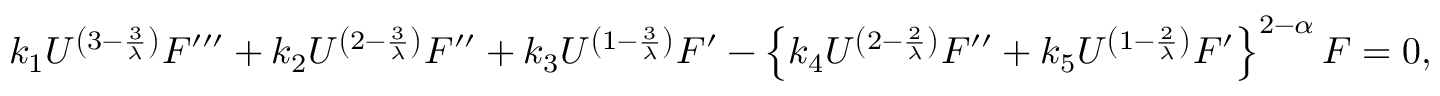
k _ { 1 } U ^ { \left( 3 - \frac { 3 } { \lambda } \right) } F ^ { \prime \prime \prime } + k _ { 2 } U ^ { \left( 2 - \frac { 3 } { \lambda } \right) } F ^ { \prime \prime } + k _ { 3 } U ^ { \left( 1 - \frac { 3 } { \lambda } \right) } F ^ { \prime } - \left\{ k _ { 4 } U ^ { \left( 2 - \frac { 2 } { \lambda } \right) } F ^ { \prime \prime } + k _ { 5 } U ^ { \left( 1 - \frac { 2 } { \lambda } \right) } F ^ { \prime } \right\} ^ { 2 - \alpha } F = 0 ,